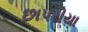
છાપરીયા